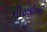
મીઠાઇઓ